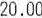
20.00